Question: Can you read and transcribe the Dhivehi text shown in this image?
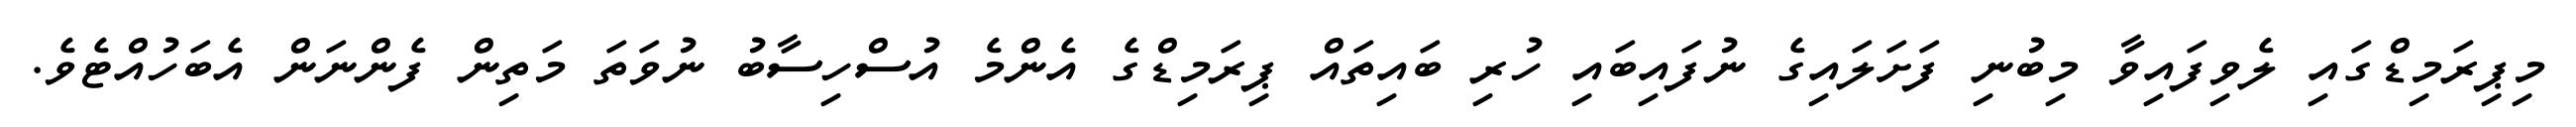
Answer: މިޕިރަމިޑްގައި ލެވިފައިވާ މިބުނި ފަށަލައިގެ ނުފައިބައި ހުރި ބައިތައް ޕިރަމިޑްގެ އެންމެ އުސްހިސާބު ނުވަތަ މަތިން ފެންނަން އެބަހުއްޓެވެ.